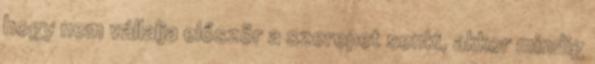
hogy nem vállalja először a szerepet senki, akkor mindig